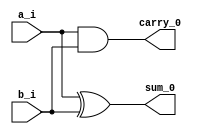
`timescale 1ns / 1ps
//////////////////////////////////////////////////////////////////////////////////
// Company: 
// Engineer: 
// 
// Design Name: 
// Module Name: Add_H
// Project Name: 
// Target Devices: 
// Tool Versions: 
// Description: 
// 
// Dependencies: 
// 
// Revision:
// Revision 0.01 - File Created
// Additional Comments:
// 
//////////////////////////////////////////////////////////////////////////////////


module Add_H(
    input a_i,
    input b_i,
    output sum_0,
    output carry_0
    );
    
    xor G1(sum_0,a_i,b_i);
    and G2 (carry_0,a_i,b_i);
endmodule